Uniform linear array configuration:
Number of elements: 24
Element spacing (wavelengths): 0.5
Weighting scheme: exponential
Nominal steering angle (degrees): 0
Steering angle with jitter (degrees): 0.9527
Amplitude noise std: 0.05
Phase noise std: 0.05

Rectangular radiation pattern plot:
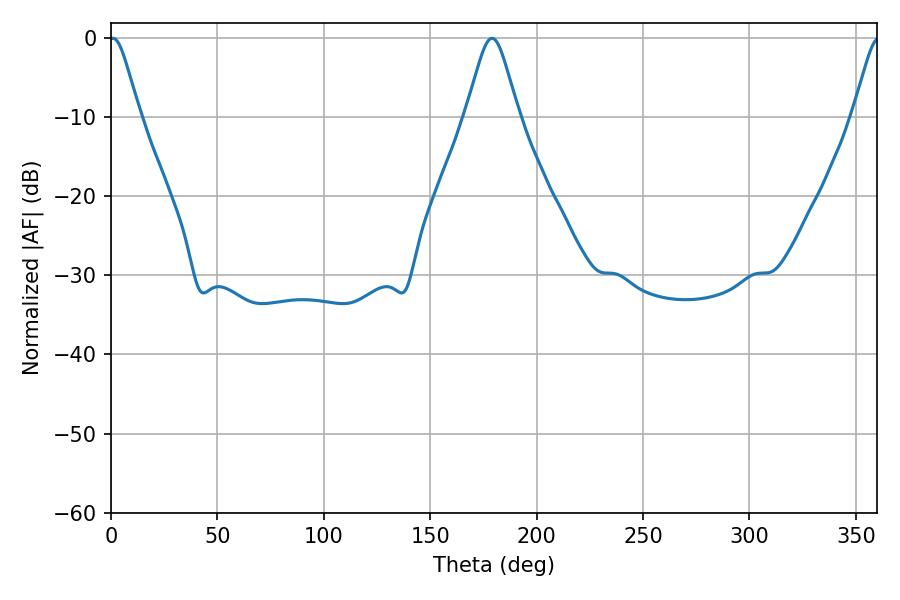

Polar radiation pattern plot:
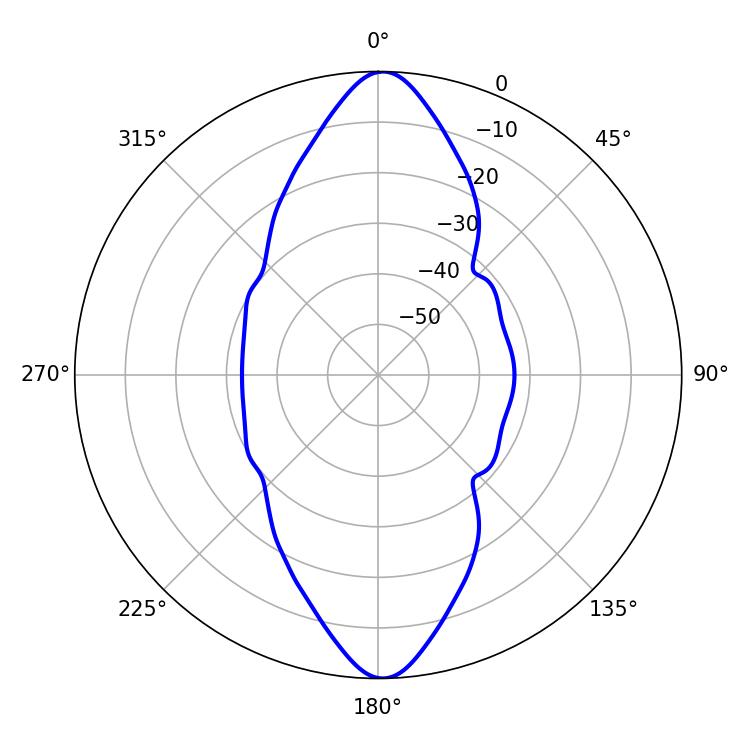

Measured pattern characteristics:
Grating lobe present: FALSE
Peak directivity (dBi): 24.53
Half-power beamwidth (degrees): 6.84
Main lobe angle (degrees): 0.9